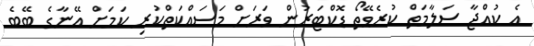
އެ ކުއްޖާ ސަލާމަތް ކުރެވޭތޯ ޑޮކްޓަރުން ވަރަށް މަސައްކަތްކުރި ކަމަށް އޭނާގެ ބޭބެ